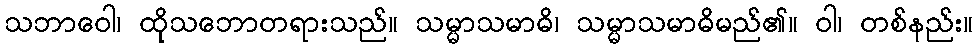
သဘာဝေါ၊ ထိုသဘောတရားသည်။ သမ္မာသမာဓိ၊ သမ္မာသမာဓိမည်၏။ ဝါ၊ တစ်နည်း။